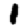
Digit: 1